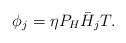
LaTeX: \begin{align*}{\phi}_j = \eta P_H \bar{H}_jT.\end{align*}